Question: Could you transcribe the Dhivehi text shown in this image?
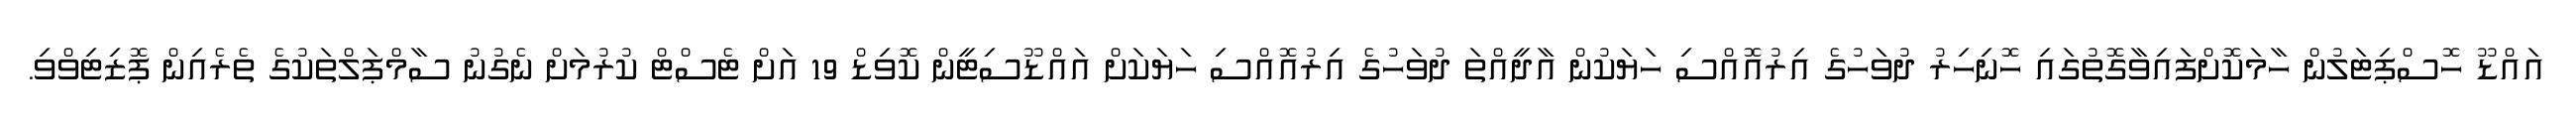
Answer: އައްޑޫ ހޮސްޕިޓަލުން ހާމަކޮށްފައިވާގޮތުގައި ހޮނިހިރު ދުވަހުގެ އިރުއޮއްސި ހަޔަކުން އާދީއްތަ ދުވަހުގެ އިރުއޮއްސި ހަޔަކަށް އައްޑޫސިޓީން ކޮވިޑް 19 އަށް ޓެސްޓް ކުރުމަށް ނެގުނު ސާމްޕަލްތަކުގެ ތެރެއިން ޕޮޒިޓިވްވި.